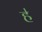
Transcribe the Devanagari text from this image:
ह॑